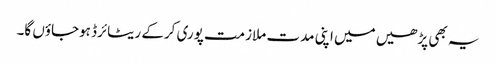
یہ بھی پڑھیں میں اپنی مدت ملازمت پوری کرکے ریٹائرڈ ہوجاؤں گا۔